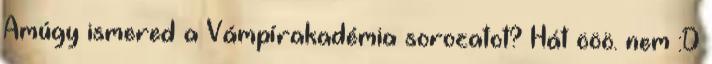
Amúgy ismered a Vámpírakadémia sorozatot? Hát ööö. nem :D